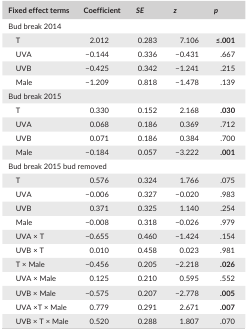
<table><thead><tr><td><b>Fixed effect terms</b></td><td><b>Coefficient</b></td><td><b><i>SE</i></b></td><td><b><i>z</i></b></td><td><b><i>p</i></b></td></tr></thead><tbody><tr><td colspan="5">Bud break 2014</td></tr><tr><td>T</td><td>2.012</td><td>0.283</td><td>7.106</td><td><b>≤.001</b></td></tr><tr><td>UVA</td><td>−0.144</td><td>0.336</td><td>−0.431</td><td>.667</td></tr><tr><td>UVB</td><td>−0.425</td><td>0.342</td><td>−1.241</td><td>.215</td></tr><tr><td>Male</td><td>−1.209</td><td>0.818</td><td>−1.478</td><td>.139</td></tr><tr><td colspan="5">Bud break 2015</td></tr><tr><td>T</td><td>0.330</td><td>0.152</td><td>2.168</td><td><b>.030</b></td></tr><tr><td>UVA</td><td>0.068</td><td>0.186</td><td>0.369</td><td>.712</td></tr><tr><td>UVB</td><td>0.071</td><td>0.186</td><td>0.384</td><td>.700</td></tr><tr><td>Male</td><td>−0.184</td><td>0.057</td><td>−3.222</td><td><b>.001</b></td></tr><tr><td colspan="5">Bud break 2015 bud removed</td></tr><tr><td>T</td><td>0.576</td><td>0.324</td><td>1.766</td><td>.075</td></tr><tr><td>UVA</td><td>−0.006</td><td>0.327</td><td>−0.020</td><td>.983</td></tr><tr><td>UVB</td><td>0.371</td><td>0.325</td><td>1.140</td><td>.254</td></tr><tr><td>Male</td><td>−0.008</td><td>0.318</td><td>−0.026</td><td>.979</td></tr><tr><td>UVA × T</td><td>−0.655</td><td>0.460</td><td>−1.424</td><td>.154</td></tr><tr><td>UVB × T</td><td>0.010</td><td>0.458</td><td>0.023</td><td>.981</td></tr><tr><td>T × Male</td><td>−0.456</td><td>0.205</td><td>−2.218</td><td><b>.026</b></td></tr><tr><td>UVA × Male</td><td>0.125</td><td>0.210</td><td>0.595</td><td>.552</td></tr><tr><td>UVB × Male</td><td>−0.575</td><td>0.207</td><td>−2.778</td><td><b>.005</b></td></tr><tr><td>UVA ×T × Male</td><td>0.779</td><td>0.291</td><td>2.671</td><td><b>.007</b></td></tr><tr><td>UVB × T × Male</td><td>0.520</td><td>0.288</td><td>1.807</td><td>.070</td></tr></tbody></table>